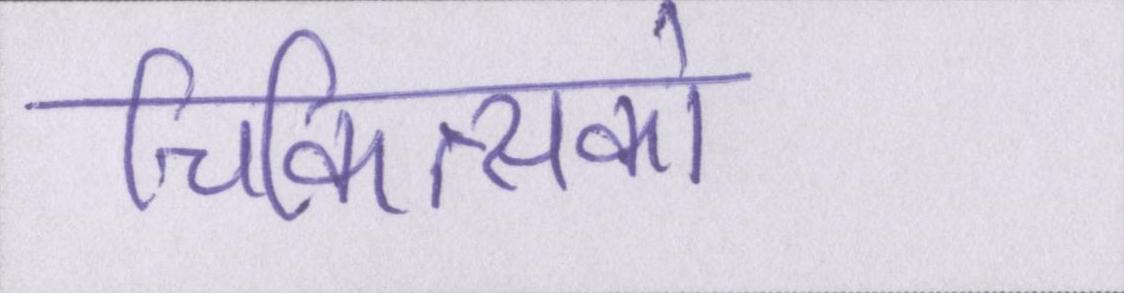
चिकित्सकों